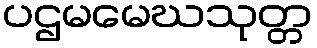
ပဌမမေဃသုတ္တ